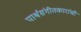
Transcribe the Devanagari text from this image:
पार्श्वसंगीतकारांची